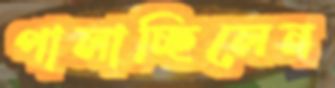
পালাচ্ছিলেন